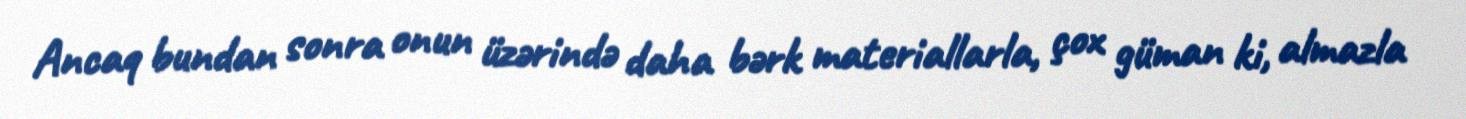
Ancaq bundan sonra onun üzərində daha bərk materiallarla, çox güman ki, almazla